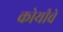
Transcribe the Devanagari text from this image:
कोयीचे